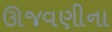
ઊજવણીના